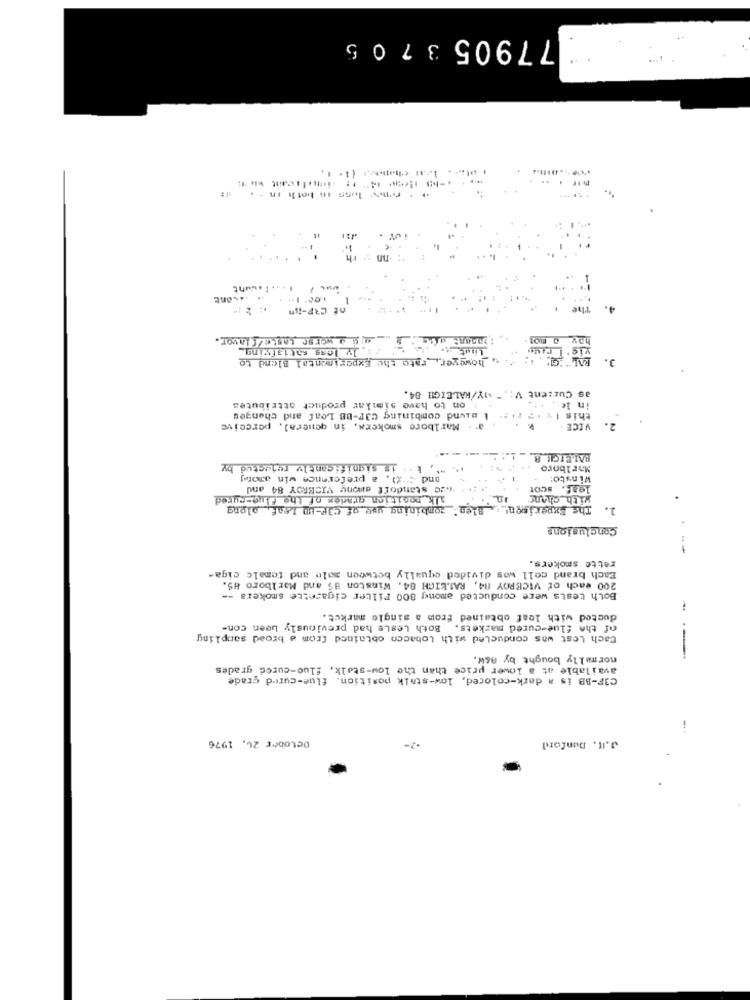
77905 3705
...
renes loss in both in . .
The
hav
::. ly leas satisfying_
vig . I race
however, rate the Experimental Blend to
3.
as Current V: , " MY/KALEIGHI 84.
in le . .
on to have similar product attributes
L miund combining C3F-BB Leaf and changes
this 1. .. ..
Marlboro smokers, in qeneral, perceive
VICE .
2.
BAI.BICE A
is significantly rejected by
Marlboro
ond (%), a preference win amotj
Winsto:
** * * we standoff amony VICEROY 84 and
scot
leaf.
alk position grades of the flug-cured
with chans
combining use of C3P-HD Leaf, along
The Experiment - Blen
1.
Conclusions
rette smokers.
--
Each brand cell was divided equally between male and female ciga-
200 each Of VICEROY 84, RALEIGH 84. Winston 85 and Marlboro HS.
Both tests were conducted among 800 Filter cigarette smokers --
ducted with leaf obtained from a single market.
of the flue-cured markets. Both LesLs had previously been con-
Cach Lest was conducted with Lobacco obtained from a broad sampling
normally bought by B&W.
available at a lower price than the low-stalk, fluo-cured grades
---
C3F-BB is a dark-colored, low-stalk position. flue-cured grade
October 24, 1976
J.It. Dunford